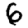
Digit: 6